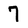
Character: 7